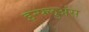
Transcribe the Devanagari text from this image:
इन्फ्लुअंस